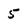
Character: 5